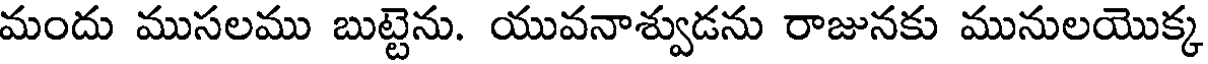
మందు ముసలము బుట్టెను. యువనాశ్వుడను రాజునకు మునులయొక్క